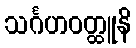
သင်္ဂဟဝတ္ထူနိ